Eesti_Vabariigi_Tartu_Ulikool, lk 42
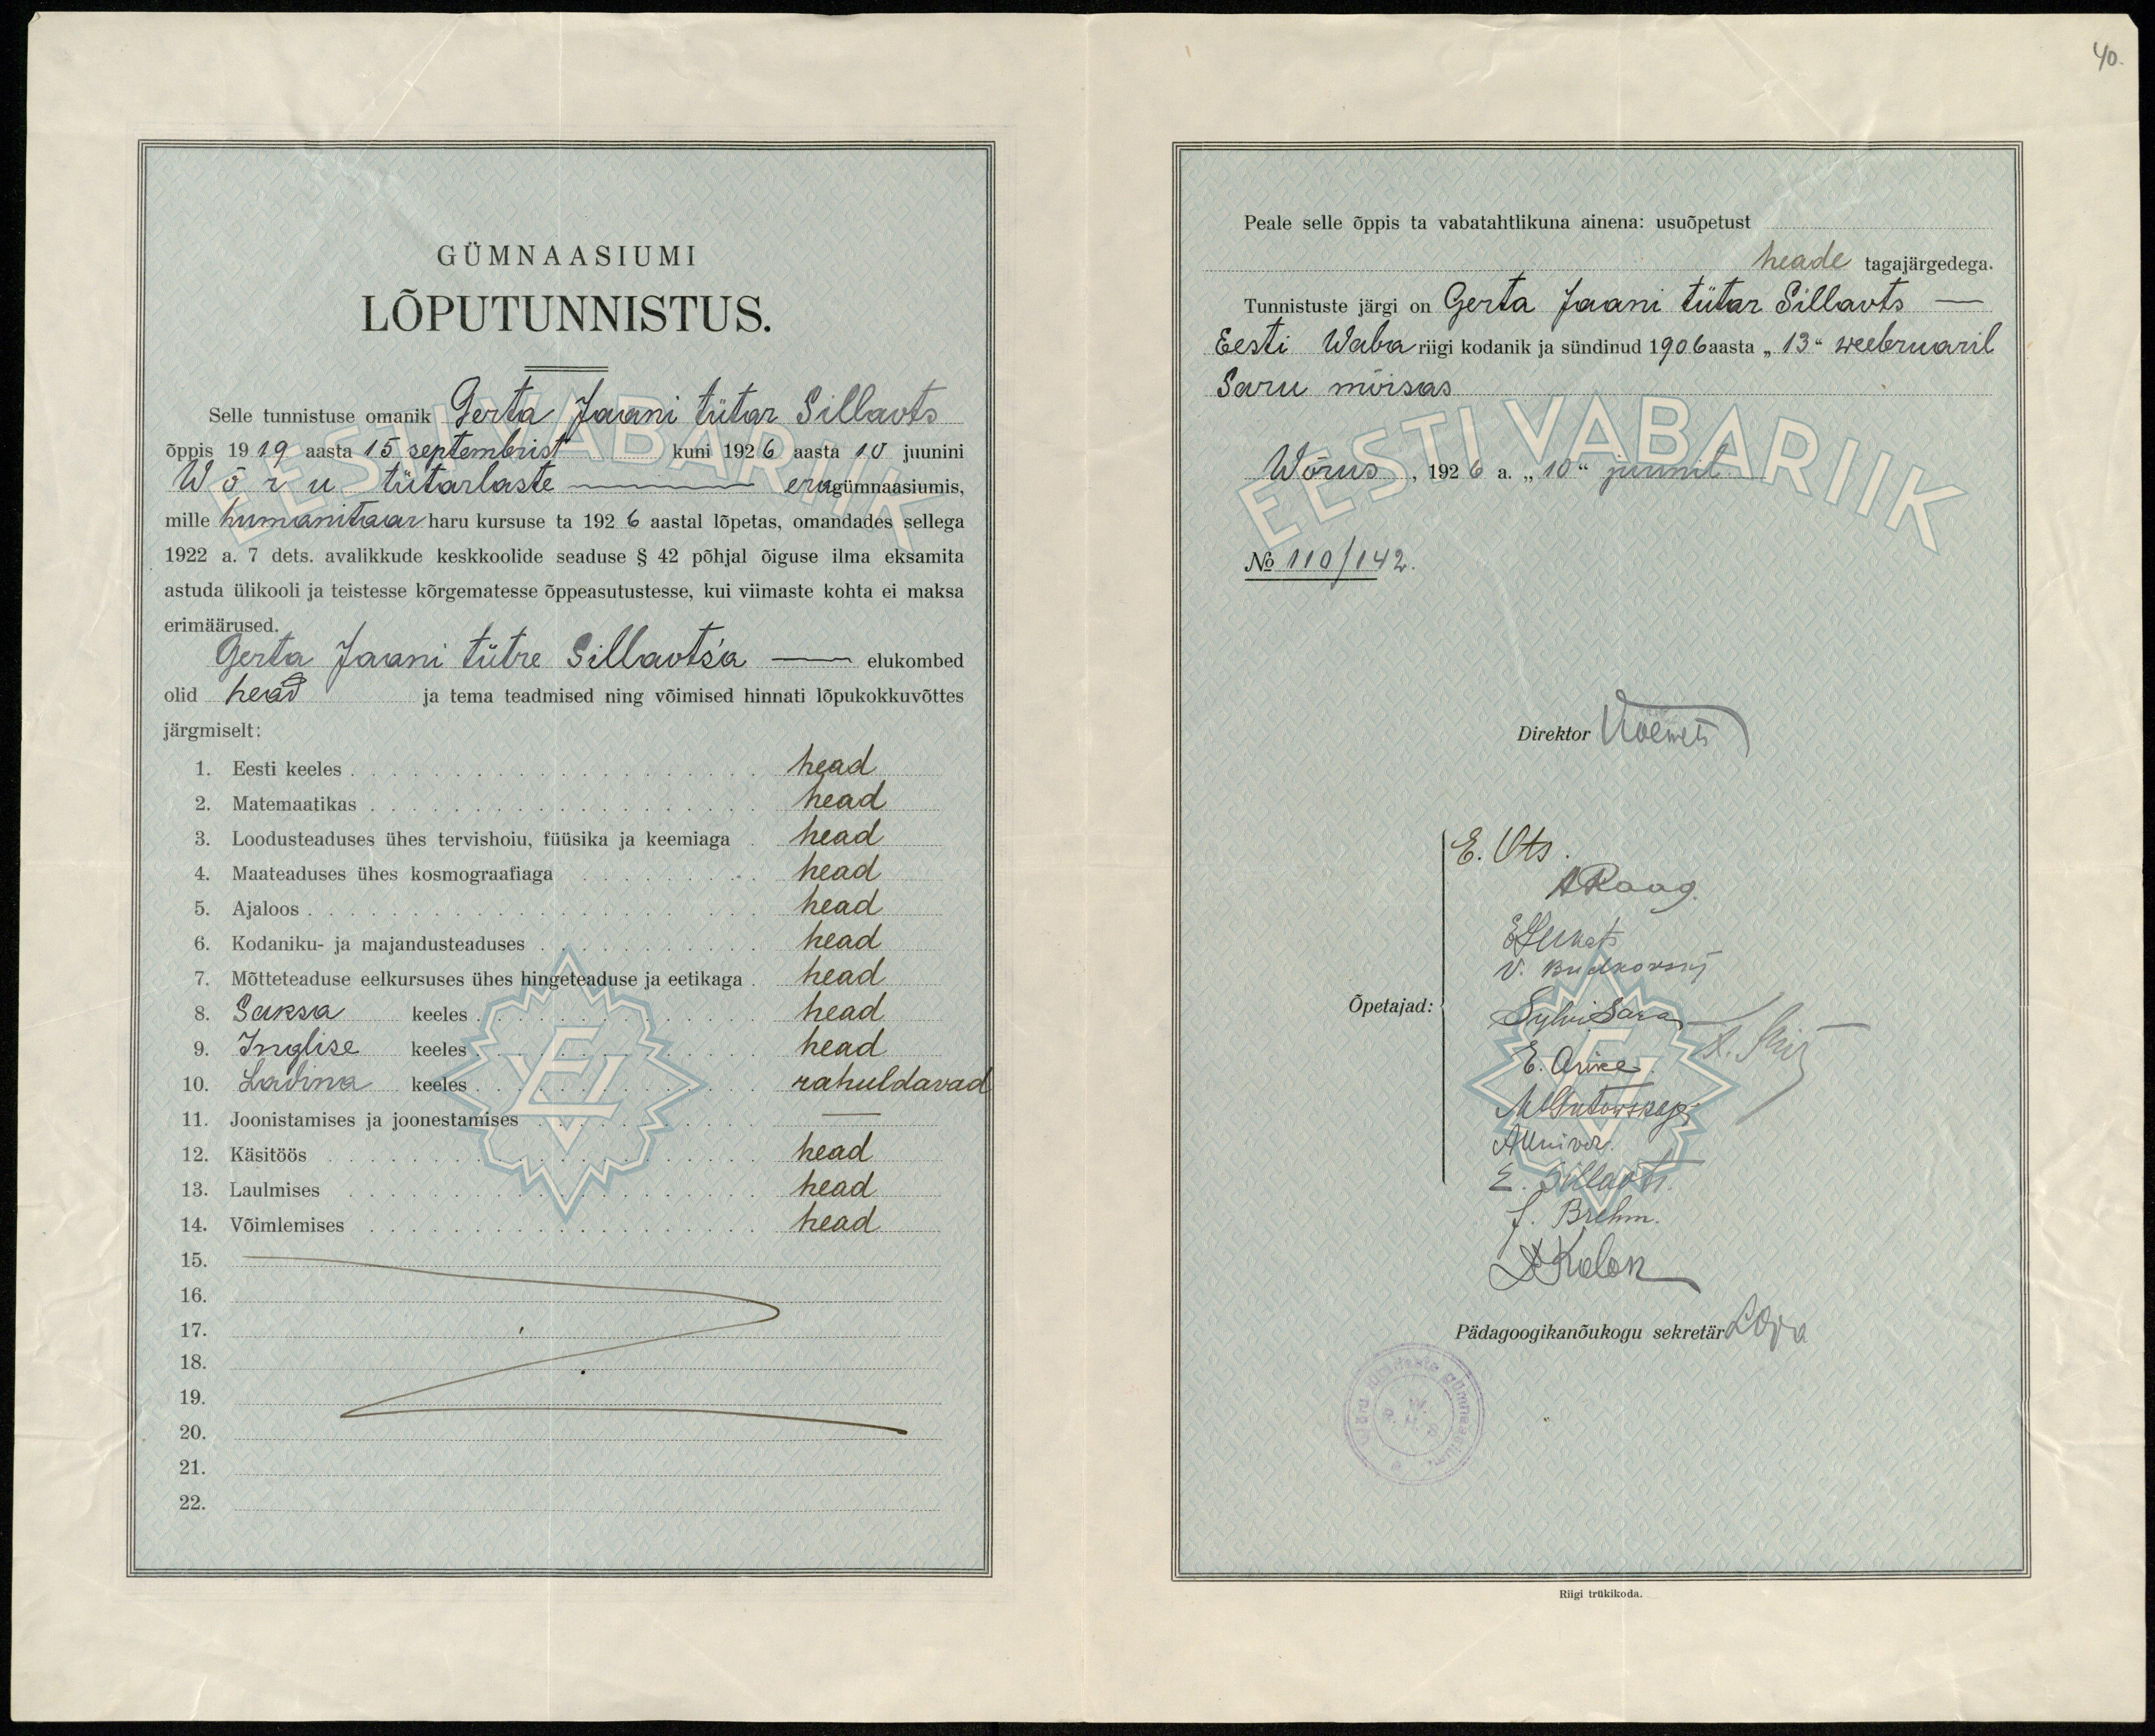
GÜMNAASIUMI
LÕPUTUNNISTUS.
Selle tunnistuse omanik Gerta Jaani tütar Sillaots
õppis 1919 aasta 15 septembrist kuni 1926 aasta 10 juunini
Wõru tütarlaste eragümnaasiumis,
mille humanitaar haru kursuse ta 1926 aastal lõpetas, omandades sellega
1922 a. 7 dets. avalikkude keskkoolide seaduse § 42 põhjal õiguse ilma eksamita
astuda ülikooli ja teistesse kõrgematesse õppeasutustesse, kui viimaste kohta ei maksa
erimäärused.
Gerta Jaani tütre sillaots'a - elukombed
olid head
ja tema teadmised ning võimised hinnati lõpukokkuvõttes
järgmiselt:
1. Eesti keeles head
2. Matemaatikas head
3. Loodusteaduses ühes tervishoiu, füüsika ja keemiaga head
4. Maateaduses ühes kosmograafiaga head
5. Ajaloos head
6. Kodaniku- ja majandusteaduses head
7. Mõtteteaduse eelkursuses ühes hingeteaduse ja eetikaga. head
8. Saksa keeles head
9. Inglise keeles head
10. Ladina keeles rahuldavad
11. Joonistamises ja joonestamises -
12. käsitöös head
13. laulmises head
14. Võimlemises head
15.
16.
17.
18.
19.
20.
21.
22.

40.
Peale selle õppis ta vabatahtlikuna ainena: usuõpetust
heade tagajärgedega.
Tunnistuste järgi on Gerta Jaani tütar Sillaots
Eesti Wabariigi kodanik ja sündinud 1906 aasta "13" weebruaril
Saru mõisas
Wõrus, 1926 a. "10" juunil
No 110/142.
Direktor Voemets
E. Ots.
A Raag.
E Lukats
V. Budkoosij
Õpetajad:
Sulfi Sära
E. Arike
Metsutowskop
Alluiver.
E. Sillaots.
J. Brehm.
S Kolon
Pädagoogikanõukogu sekretär L Oga